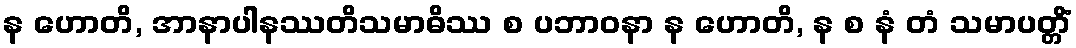
န ဟောတိ, အာနာပါနဿတိသမာဓိဿ စ ပဘာဝနာ န ဟောတိ, န စ နံ တံ သမာပတ္တိံ